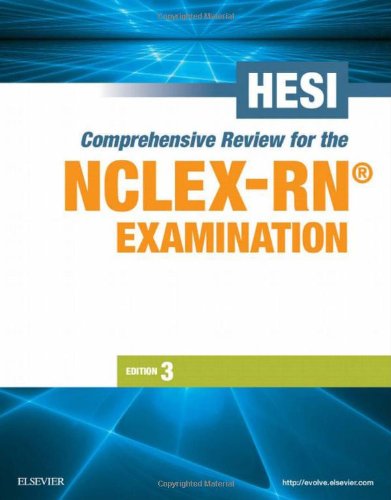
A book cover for HESI Comprehensive Review for the NCLEX-RN Examination; Medical Books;